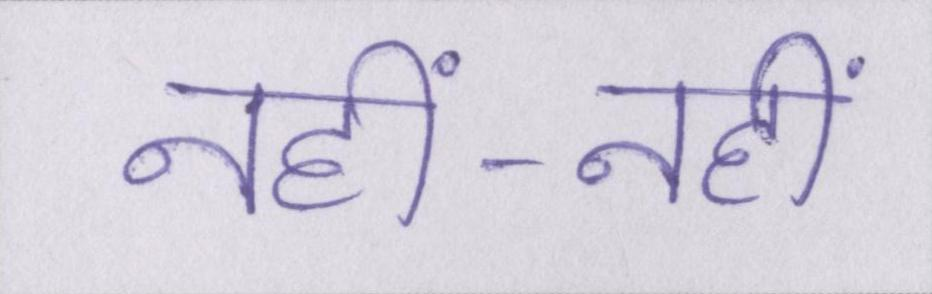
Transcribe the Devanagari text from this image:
नहीं-नहीं